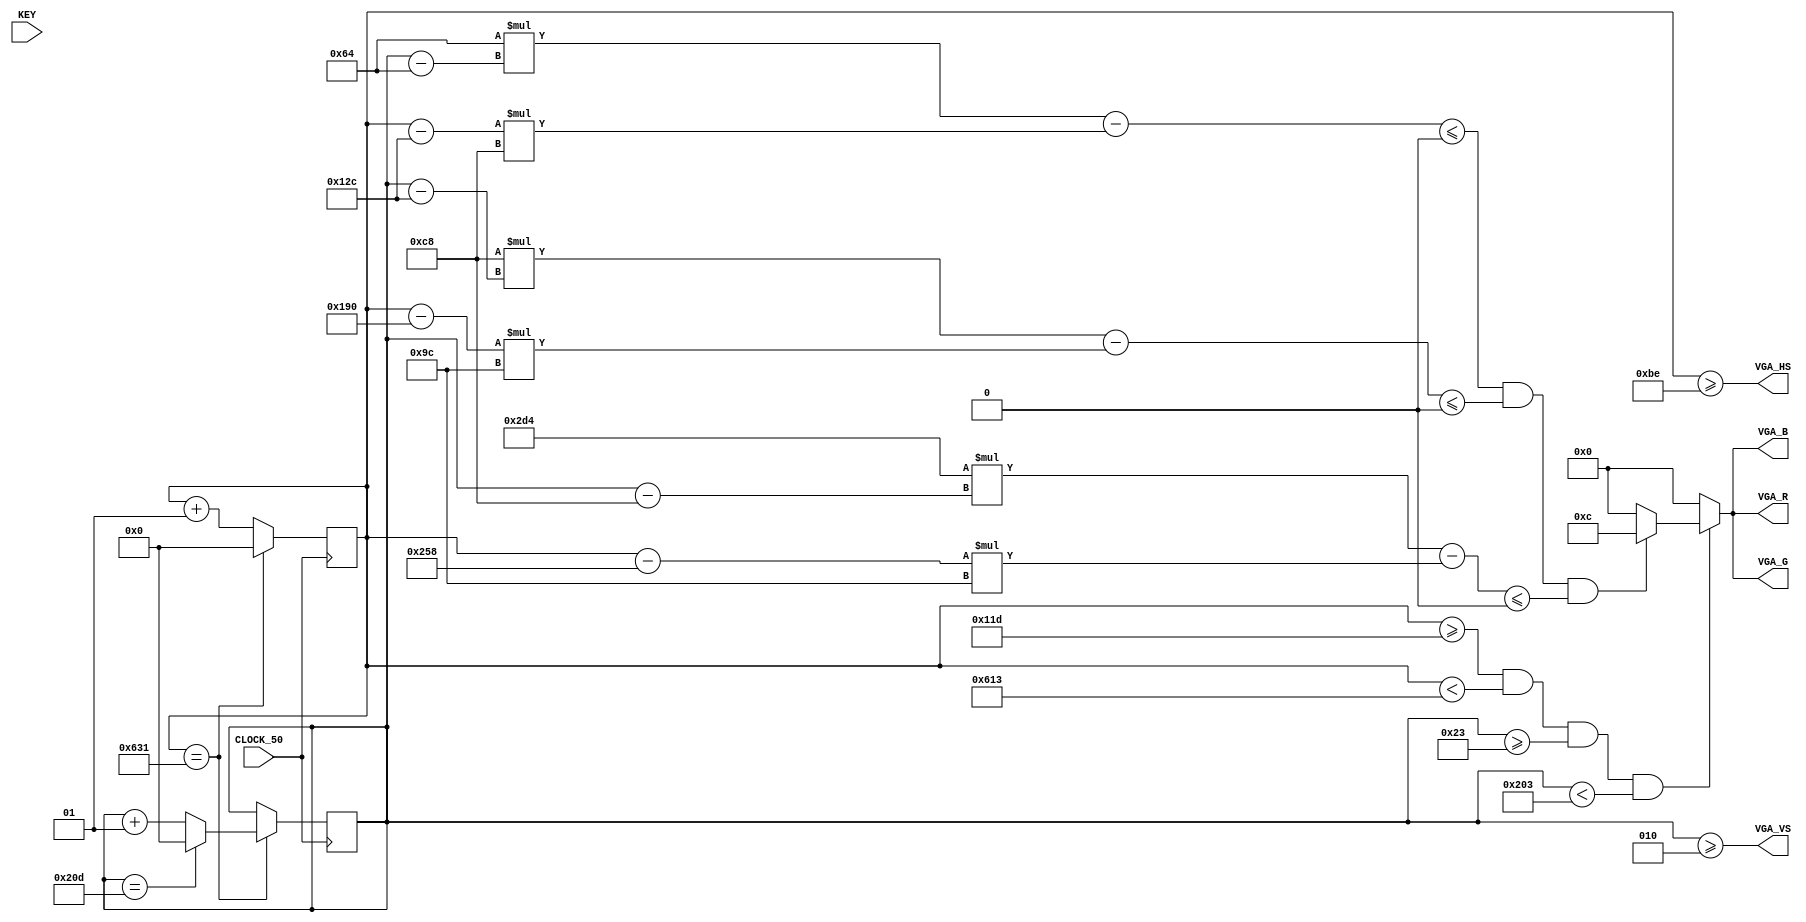
module triangulo(
        input CLOCK_50,
		    input [3:0] KEY,
  		  output [3:0] VGA_R,
  		  output [3:0] VGA_G,
		    output [3:0] VGA_B,
 		    output VGA_HS,
		    output VGA_VS);
   
        reg signed [25:0] 		      cx = 0;
        reg signed [25:0] 		      cy = 0;		      
        reg signed [25:0] 		      p1_x = 300;
        reg signed [25:0] 		      p1_y = 100;
        reg signed [25:0] 		      p2_x = 400;
        reg signed [25:0] 		      p2_y = 300;
        reg signed [25:0] 		      p3_x = 600;
        reg signed [25:0] 		      p3_y = 200;

   
        assign VGA_R = v ? (tr ? 4'hc : 4'h0) : 4'b0;
        assign VGA_G = v ? (tr ? 4'hc : 4'h0) : 4'b0;
        assign VGA_B = v ? (tr ? 4'hc : 4'h0) : 4'b0;

   
   
   
       wire v = (cx >= 285) & (cx < 1555) & (cy >= 35) & (cy < 515);
       wire tr = ((p2_x - p1_x) * (cy - p1_y) -(cx - p1_x) * (p2_y - p1_y)) <= 0 &&
				              ((p3_x - p2_x) * (cy - p2_y) -(cx - p2_x) * (p3_y - p2_y)) <= 0 &&
				              ((p1_x - p3_x) * (cy - p3_y) -(cx - p3_x) * (p1_y - p3_y)) <= 0;
     
   
       reg [10:0] c = 10;
       assign VGA_HS = cx >= 190;
       assign VGA_VS = cy >= 2;
   
       always @(posedge CLOCK_50) begin
	
           if (cx == 1585) 
	             begin
                   if (cy == 525) begin
	                     cy <= 0;
                   end
	                 else   
	                     cy <= cy + 1;
	                 cx <= 0;
	             end 
           else 
	             begin
	                 cx <= cx + 1;
	             end
       end
endmodule